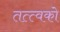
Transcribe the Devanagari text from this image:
तत्त्वको